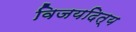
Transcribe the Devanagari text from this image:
विजयदित्य